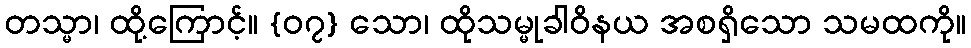
တသ္မာ၊ ထို့ကြောင့်။ {၀၇} သော၊ ထိုသမ္မုခါဝိနယ အစရှိသော သမထကို။